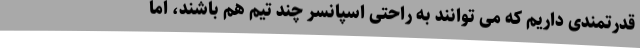
قدرتمندی داریم که می توانند به راحتی اسپانسر چند تیم هم باشند، اما